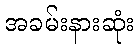
အခမ်းနားဆုံး